Source: Handwritten
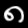
Digit: ၈ (8)